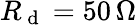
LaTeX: R_{\mathrm{~d~}}=50\, \Omega